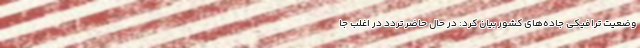
وضعیت ترافیکی جاده‌های کشور بیان کرد: در حال حاضر تردد در اغلب جا